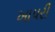
ખાપરી